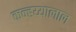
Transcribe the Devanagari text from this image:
कन्हय्यालाल